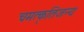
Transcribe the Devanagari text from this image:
चमत्कृतिजन्य